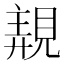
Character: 𧡗